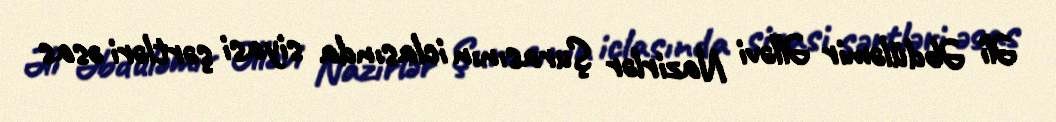
Əli Əbdüləmir Əlləvi Nazirlər Şurasının iclasında siyasi şərtləri əsas